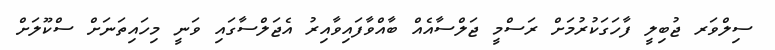
ސިލްވަރ ޖުބިލީ ފާހަގަކުރުމަށް ރަސްމީ ޖަލްސާއެއް ބާއްވާފައިވާއިރު އެޖަލްސާގައި ވަނީ މިހައިތަނަށް ސްކޫލަށް